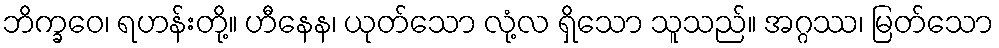
ဘိက္ခဝေ၊ ရဟန်းတို့။ ဟီနေန၊ ယုတ်သော လုံ့လ ရှိသော သူသည်။ အဂ္ဂဿ၊ မြတ်သော